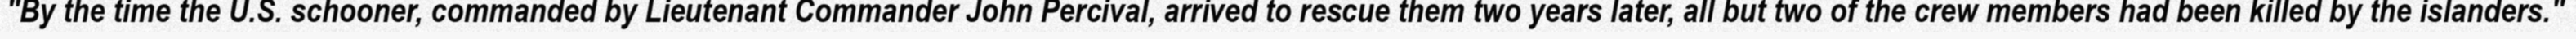
"By the time the U.S. schooner, commanded by Lieutenant Commander John Percival, arrived to rescue them two years later, all but two of the crew members had been killed by the islanders."